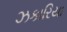
ઝકારિયા